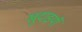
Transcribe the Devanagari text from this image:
खुदाइयाँ